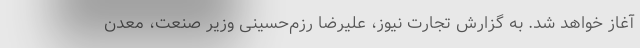
آغاز خواهد شد. به گزارش تجارت نیوز، علیرضا رزم‌حسینی وزیر صنعت، معدن